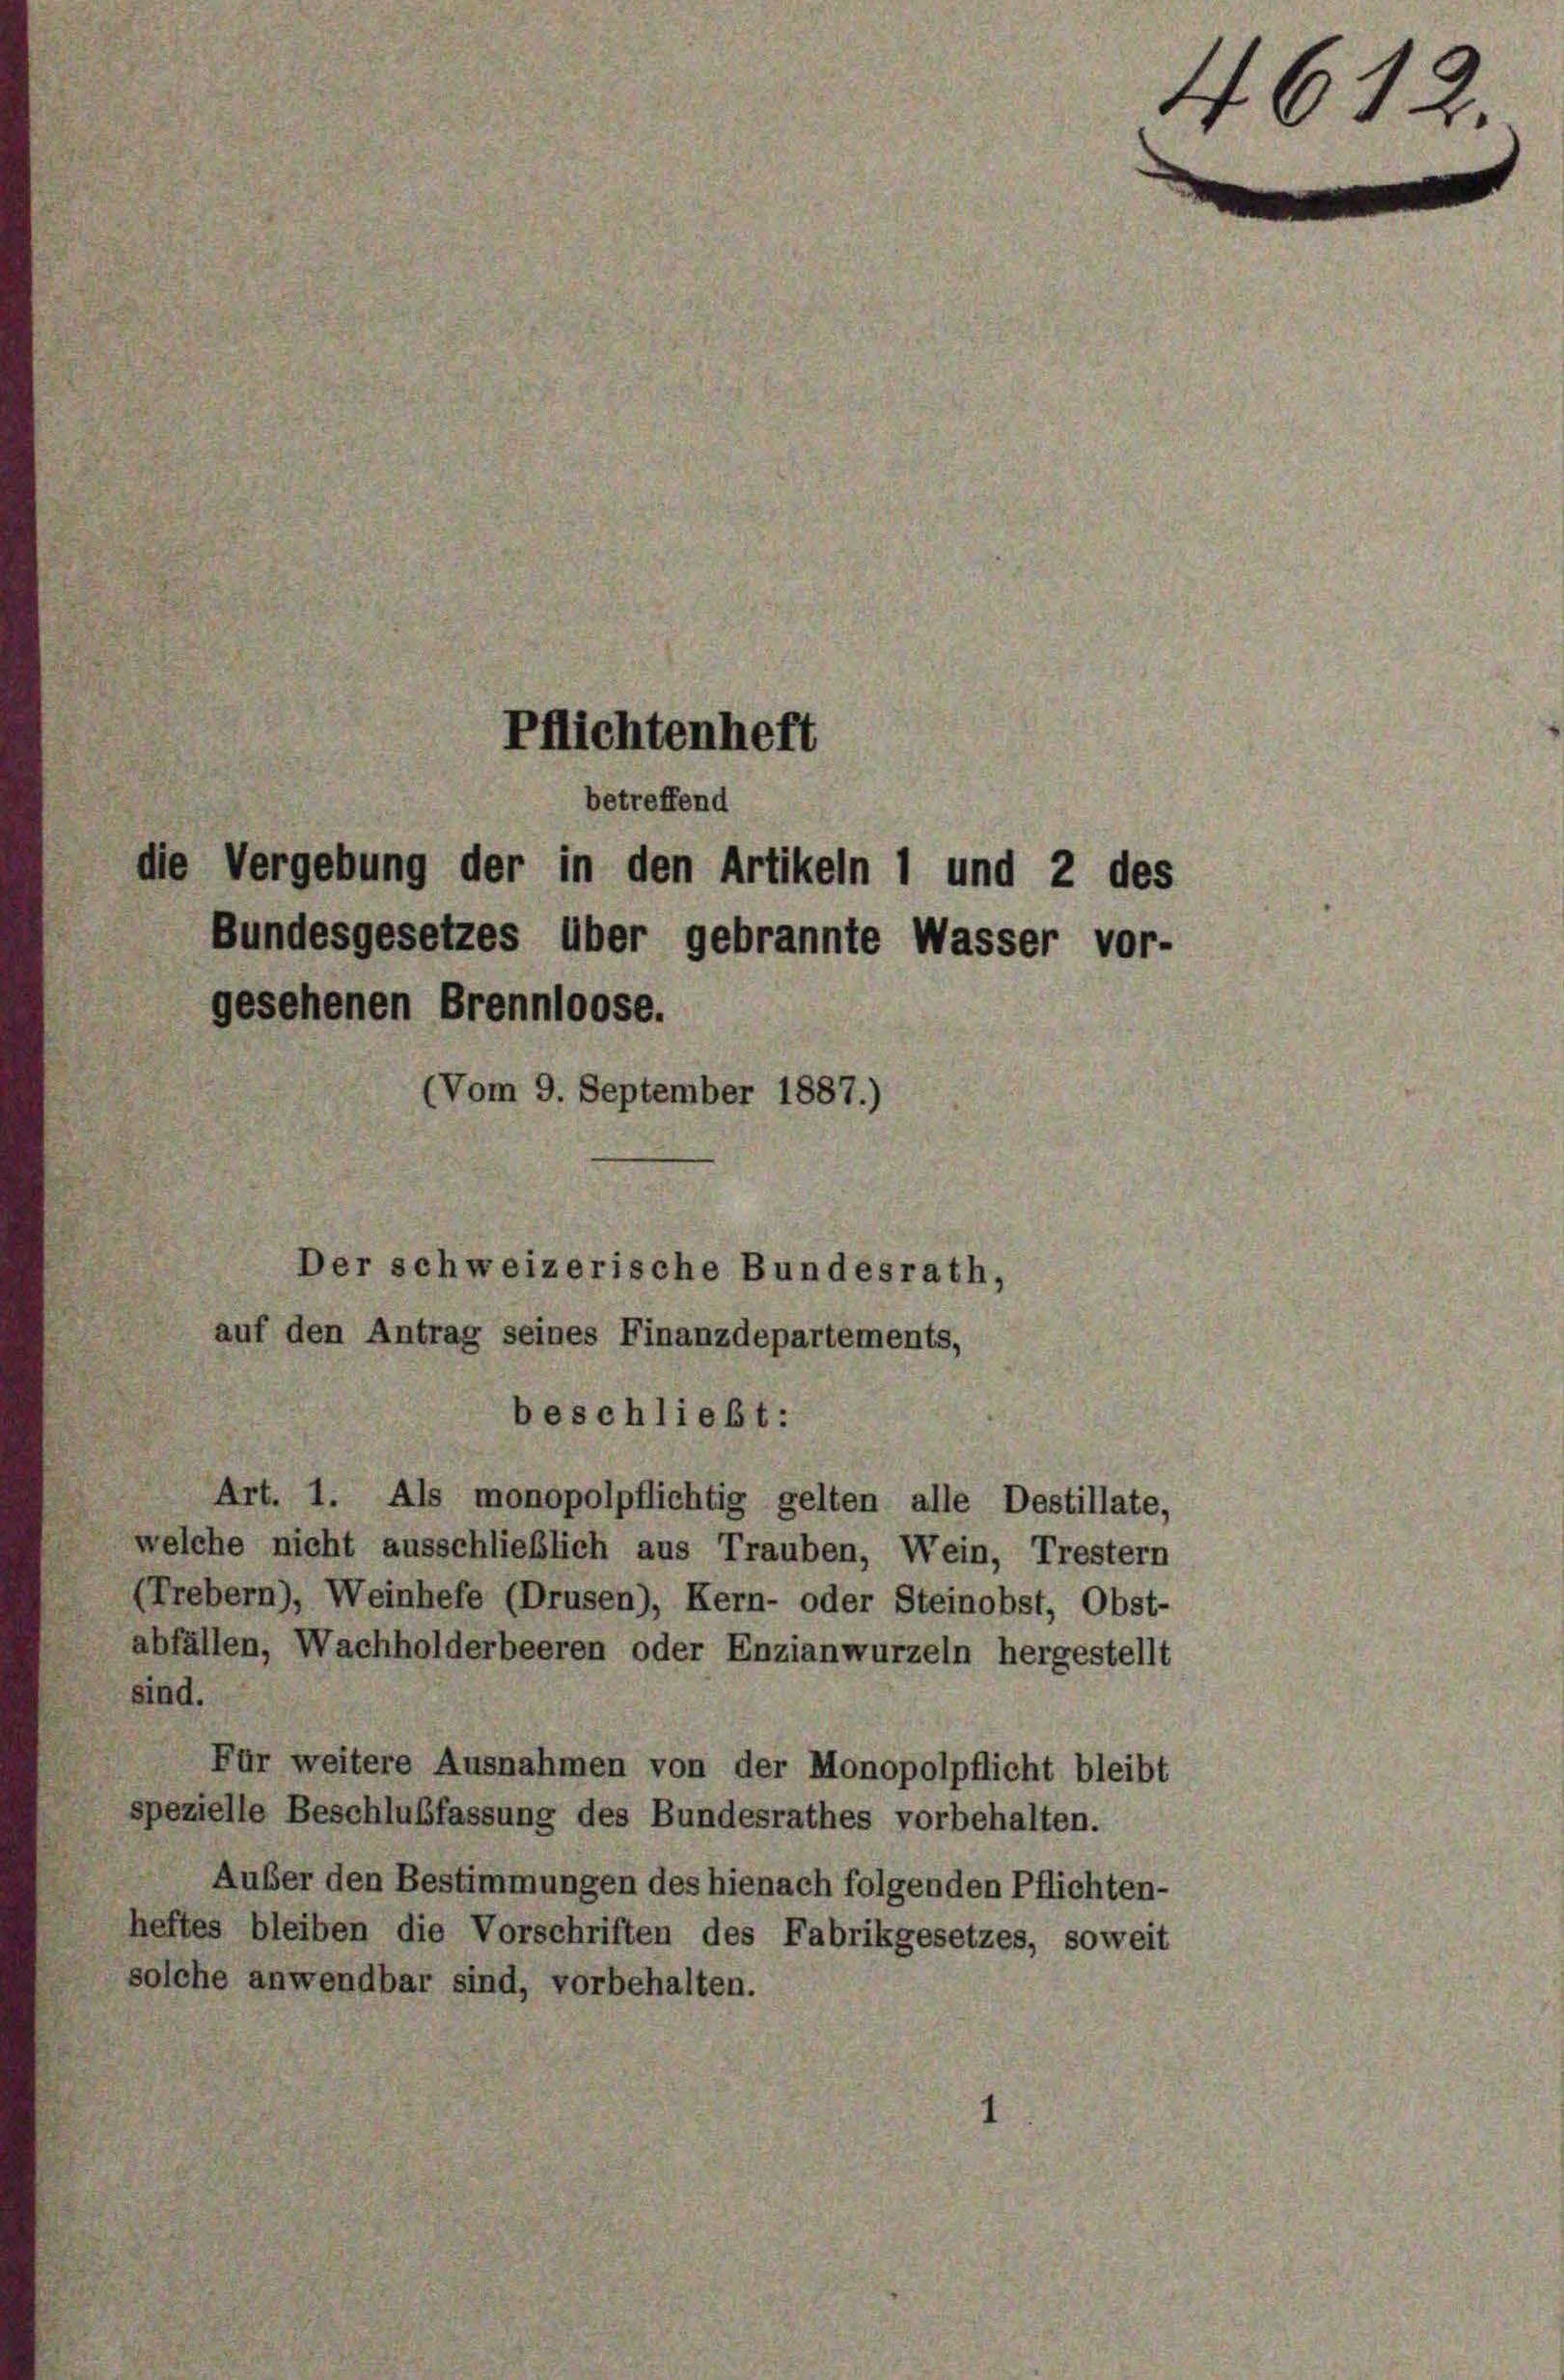
betreffend
die Vergebung der in den Artikeln 1 und 2 des
Bundesgesetzes über gebrannte Wasser vor-
gesehenen Brennloose.
(Vom 9. September 1887.)

Pflichtenheft

Der schweizerische Bundesrath,
auf den Antrag seines Finanzdepartements,

beschließt:
Art. 1. Als monopolpflichtig gelten alle Destillate,
welche nicht ausschließlich aus Trauben, Wein, Trestern
(Trebern), Weinhefe (Drusen), Kern- oder Steinobst, Obst-
abfällen, Wachholderbeeren oder Enzianwurzeln hergestellt
sind.
Für weitere Ausnahmen von der Monopolpflicht bleibt
spezielle Beschlußfassung des Bundesrathes vorbehalten.
Außer den Bestimmungen des hienach folgenden Pflichten-
heftes bleiben die Vorschriften des Fabrikgesetzes, soweit
solche anwendbar sind, vorbehalten.

4612.